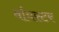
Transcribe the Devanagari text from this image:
र्वायस्टर